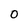
Character: 0